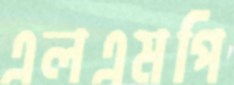
এলএমপি